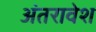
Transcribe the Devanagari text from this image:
अंतरावेश